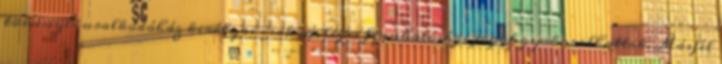
törvényes uralkodóház királyai csak névleges fennhatósági jogot gyakorolhattak. Másfél